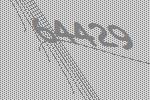
64429